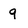
Character: 9